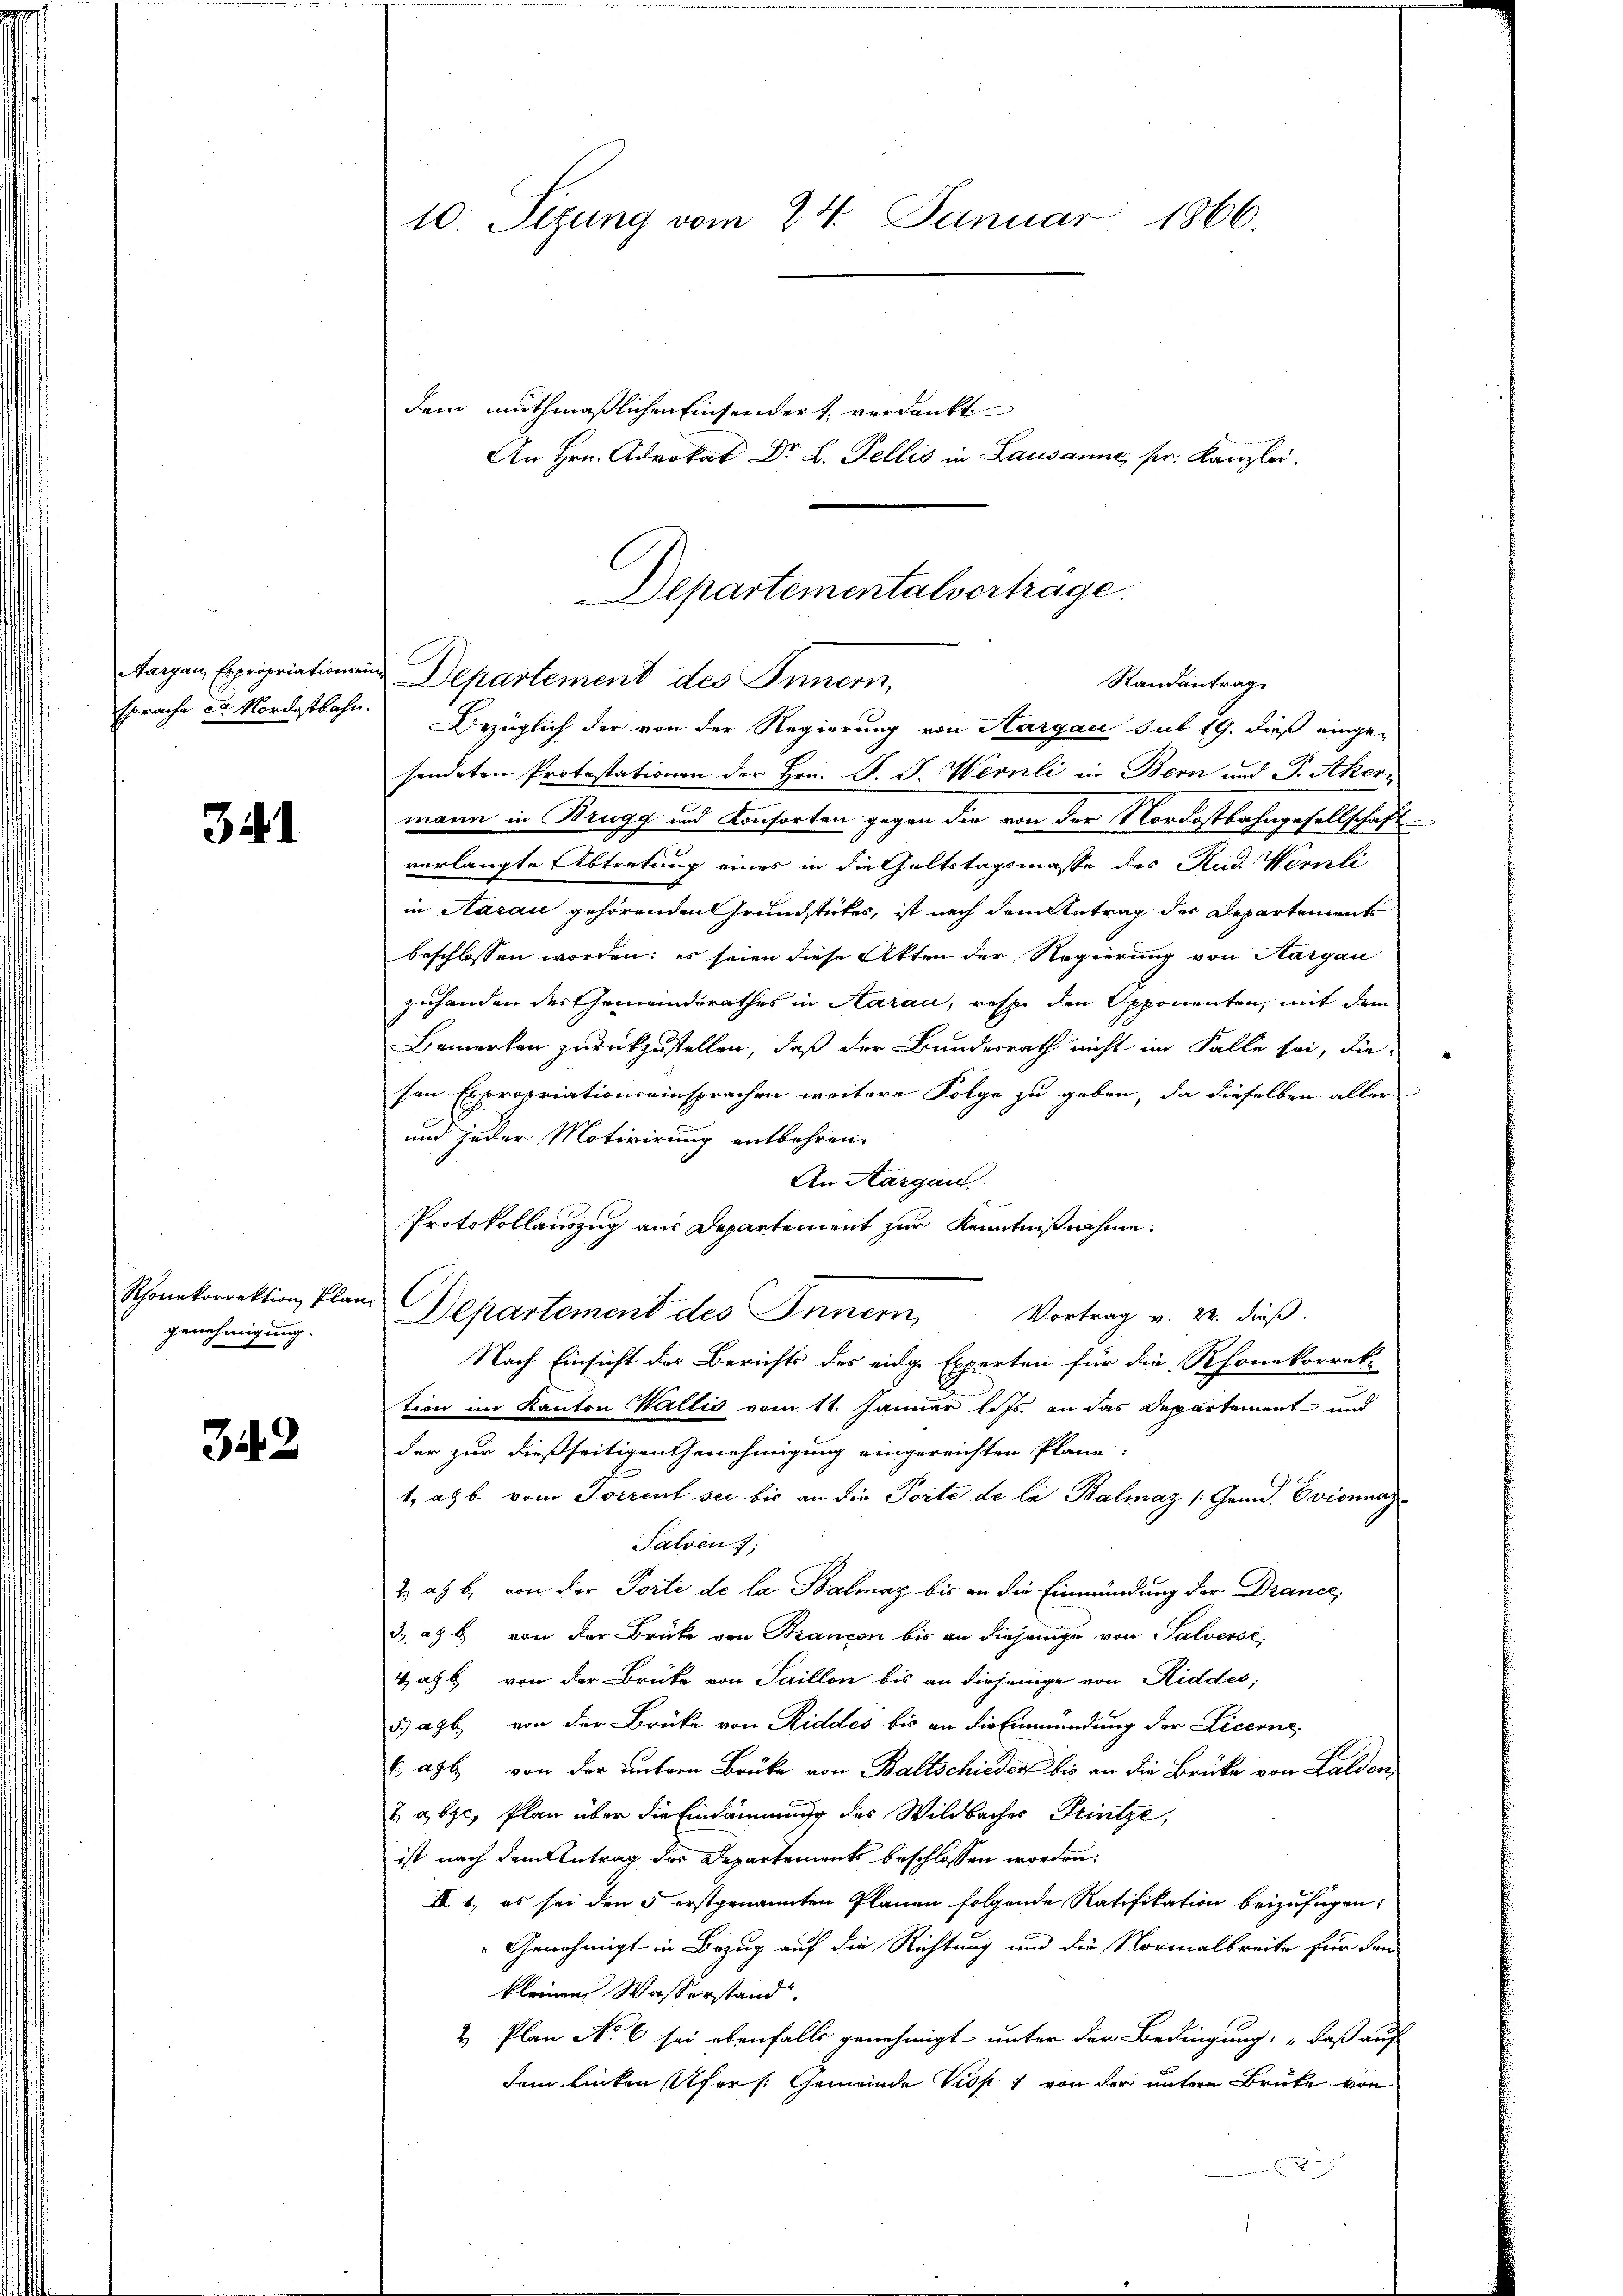
341

Schonekorrektion, Plan
genehmigung.

342

10. Sezung vom 24. Januar 1866.

dem muthmaßlichen Einsendert, verdankt
An Hrn. Advokat Dr. L. Fellis in Lausanne, pr. Kanzlei.

Departementalvortrage.
Randantrag

taigen Expropriationen Departement des Innern,
sprache der Nordostbahn. Bezüglich der von der Regierung von Aargau sub 19. dieß einge-
sendeten Protestationen der Hrn. F. J. Wernli in Bern und P. Akermann in Brugg und Konsorten gegen die von der Nordostbahngesellschaft
verlangte Abtretung eines in die Geltstagsmasse des Rud. Wernli
in Aarau gehörenden Grundstückes, ist nach dem Antrag der Departement
beschlossen worden: es seien diese Akten der Regierung von Aargau
zuhanden des Gemeinderathes in Aarau, resp. den Opponenten, mit dem
Bemerken zurückzustellen, daß der Bundesrath nicht im Falle sei, die
son Expropriationseinsprachen weitere Folge zu geben, da dieselben aller
und jeder Motivirung entbehren.
An Aargau.
Protokollauszug aus Departement zur Kenntnißnahme.
Departement des Innern, Vortrag u. v. dieß.
Nach Einsicht der Berichts des eidg. Experten für die Rhonekorrek-
tion im Kanton Wallis vom 11. Januar l. Js. an das Departement und
der zur dießseitigen Genehmigung eingereichten Plane
1, ab vom Torrent sei bis an die Torte de la Balmaz [Gemd. Evionna
Salsen ;
2. ad b. von der Torte de la Balmaz bis an die Einmündung der Drance,
3. ad b. von der Brücke von Brancon bis an diejenige von Salverse,
Wahl von der Brücke von Saillon bis an diejenige von Riddes;
5) agb. von der Brücke von Riddes bis an die Einmündung der Licenz
6agb. von der untern Brüke von Baltschieder bis an die Brücke von Lalden
7 abge, Plan über die Eindämmung des Wildbaches Printze,
ist nach dem Antrag der Departements beschlossen worden:
II 1, es sei den 5 erstgenannten Planen folgende Ratifikation beizufügen:
"Genehmigt in Bezug auf die Richtung und die Normalbreite für den
kleinen Wasserstand.
& Plan No 6 sei ebenfalls genehmigt unter der Bedingung: „daß auf
dem linken Ufers. Gemeinde Visp. 1 von der unteren Brücke von